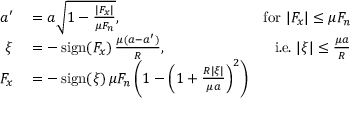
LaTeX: \begin{array} { r l r } { a ^ { \prime } } & { { } = a { \sqrt { 1 - { \frac { | F _ { x } | } { \mu F _ { n } } } } } , } & { { \mathrm { f o r ~ } } | F _ { x } | \leq \mu F _ { n } } \\ { \xi } & { { } = - \operatorname { s i g n } ( F _ { x } ) \, { \frac { \mu ( a - a ^ { \prime } ) } { R } } , } & { { \mathrm { i . e . ~ } } | \xi | \leq { \frac { \mu a } { R } } } \\ { F _ { x } } & { { } = - \operatorname { s i g n } ( \xi ) \, \mu F _ { n } \left( 1 - \left( 1 + { \frac { R | \xi | } { \mu a } } \right) ^ { 2 } \right) } \end{array}